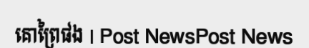
គោព្រៃផង | Post NewsPost News